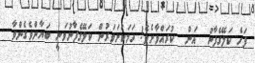
ފަހެ ކަލޭގެފާނު  އަށް  ކުރައްވާށެވެ! ހަމަކަށަވަރުން ކަލޭގެފާނުވަނީ ބަޔާންވެގެންވާ